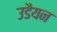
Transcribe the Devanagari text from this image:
उडैयन